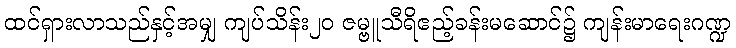
ထင်ရှားလာသည်နှင့်အမျှ ကျပ်သိန်း၂၀ ဇမ္ဗူသီရိဧည့်ခန်းမဆောင်၌ ကျန်းမာရေးဂဏ္ဍ